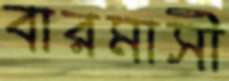
বারমাসী